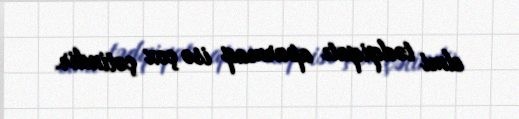
elmi tədqiqatı aparmaq isə çox çətindir.